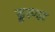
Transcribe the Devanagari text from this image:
डुल्या